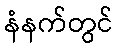
နံနက်တွင်